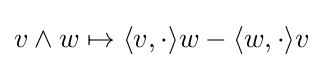
v\wedge w\mapsto \langle v,\cdot \rangle w-\langle w,\cdot \rangle v